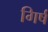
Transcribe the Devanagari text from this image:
गिर्ष